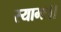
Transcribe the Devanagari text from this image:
स्यामः।।